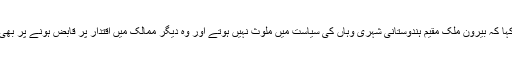
نریندر مودی نے کہا کہ بیرون ملک مقیم ہندوستانی شہری وہاں کی سیاست میں ملوث نہیں ہوتے اور وہ دیگر ممالک میں اقتدار پر قابض ہونے پر بھی یقین نہیں رکھتے۔